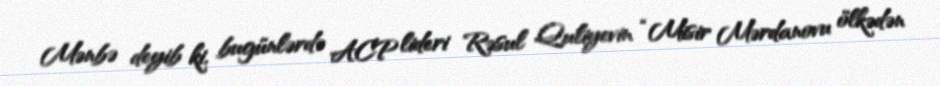
Mənbə deyib ki, bugünlərdə ACP lideri Rəsul Quliyevin “Misir Mərdanovu ölkədən